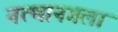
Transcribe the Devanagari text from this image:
नत्थानगला